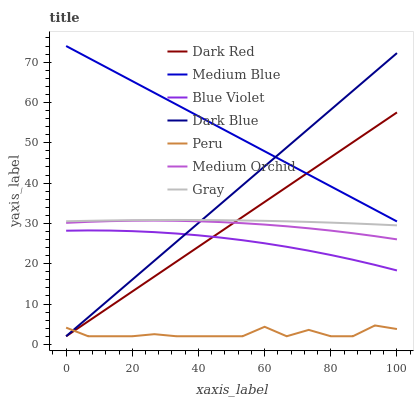
| xaxis_label | Dark Red | Medium Blue | Blue Violet | Dark Blue | Peru | Medium Orchid | Gray |
 | --- | --- | --- | --- | --- | --- | --- | --- |
 | 0 | 2 | 74 | 28.2 | 2 | 4.14 | 30.1 | 30.5 |
 | 6.67 | 5.7 | 71.1 | 28.2 | 6.68 | 2 | 30.4 | 30.6 |
 | 13.3 | 9.4 | 68.2 | 28.2 | 11.4 | 2 | 30.6 | 30.7 |
 | 20 | 13.1 | 65.3 | 28.1 | 16 | 2 | 30.7 | 30.8 |
 | 26.7 | 16.8 | 62.4 | 27.8 | 20.7 | 2.51 | 30.7 | 30.8 |
 | 33.3 | 20.5 | 59.5 | 27.5 | 25.4 | 2 | 30.6 | 30.8 |
 | 40 | 24.2 | 56.6 | 27 | 30.1 | 2 | 30.5 | 30.8 |
 | 46.7 | 27.9 | 53.7 | 26.5 | 34.8 | 2 | 30.3 | 30.8 |
 | 53.3 | 31.6 | 50.8 | 25.8 | 39.5 | 2 | 30 | 30.7 |
 | 60 | 35.3 | 47.9 | 25.1 | 44.1 | 4.35 | 29.7 | 30.6 |
 | 66.7 | 39 | 45 | 24.2 | 48.8 | 2 | 29.3 | 30.5 |
 | 73.3 | 42.7 | 42.1 | 23.2 | 53.5 | 3.58 | 28.8 | 30.4 |
 | 80 | 46.4 | 39.2 | 22.2 | 58.2 | 2 | 28.2 | 30.2 |
 | 86.7 | 50.1 | 36.3 | 21 | 62.9 | 2 | 27.6 | 30 |
 | 93.3 | 53.8 | 33.4 | 19.7 | 67.6 | 4.68 | 26.8 | 29.8 |
 | 100 | 57.5 | 30.5 | 18.3 | 72.2 | 3.79 | 26 | 29.5 |